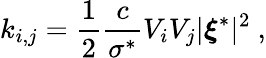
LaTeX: k_{i,j}=\frac{1}{2}\frac{c}{\sigma^{*}}V_{i}V_{j}|\boldsymbol{\xi}^{*}|^{2}\ ,